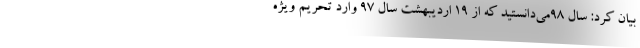
بیان کرد: سال 98می‌دانستید که از 19 اردیبهشت سال 97 وارد تحریم ویژه